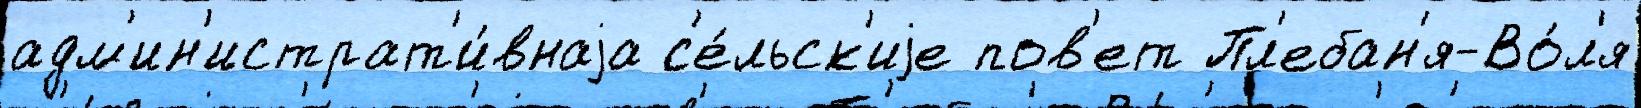
адм'ин'истрат'и́внаjа с'е́льск'иjе пов'ет Пл'ебан'я-Во́л'я